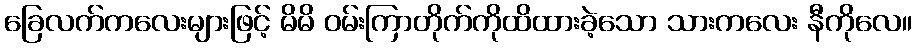
ခြေလက်ကလေးများဖြင့် မိမိ ဝမ်းကြာတိုက်ကိုထိထားခဲ့သော သားကလေး နီကိုလေ။